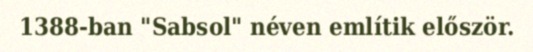
1388-ban "Sabsol" néven említik először.